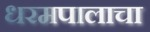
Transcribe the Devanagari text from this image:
धरमपालाचा